Report on vaccination in Madras 1895-1903 - 1895-1903
Year: 1895
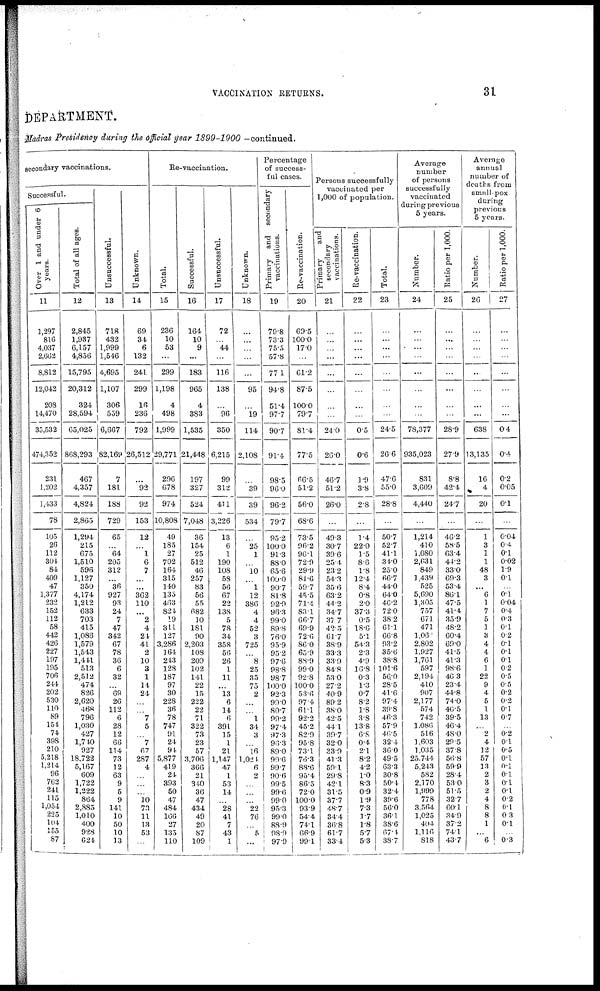
VACCINATION RETURNS.
31
DEPARTMENT.
Madras Presidency during the Official year 1899-1900 —continued.
Secondary vaccinations.
Successful.
Over 1 and under 6
years.
11
1,297
816
4,037
2,662
8,812
12,042
208
14,470
35,532
474,352
231
1,202
1,433
78
105
26
112
304
84
409
47
1,377
232
152
112
58
442
426
227
197
195
706
244
202
530
110
89
154
74
398
210
5,218
1,214
96
762
241
115
1,054
225
104
155
87
Total of all ages.
12
2,845
1,937
6,157
4,856
15,795
20,312
324
28,594
65,025
868,293
467
4,357
4,824
2,865
1,294
215
675
1,510
596
1,127
350
4,174
1,212
633
703
415
1,086
1,579
1,543
1,441
513
2,512
474
826
2,620
468
796
1,030
427
1,740
927
18,722
5,167
609
1,722
1,222
864
2,885
1,010
400
928
624
Unsuccessful.
13
718
432
1,999
1,546
4,695
1,107
306
559
6,667
82,169
7
181
188
729
65
...
64
205
3112
...
36
927
93
24
7
47
342
67
78
36
6
32
...
69
26
112
6
28
12
66
114
73
12
63
9
5
9
141
10
50
10
13
Unknown.
14
69
34
6
132
241
299
16
236
792
26,512
...
92
92
153
12
...
1
6
7
...
...
362
110
...
2
4
24
41
2
10
3
1
14
24
...
...
7
5
...
7
67
287
4
...
...
...
10
73
11
13
53
...
Re-vaccination.
Total.
15
236
10
53
...
299
1,198
4
498
1,999
29,771
296
678
974
10,808
49
185
27
702
164
315
140
135
463
824
19
311
127
3,286
164
243
128
187
97
30
228
36
78
747
91
24
94
5,877
419
24
393
50
47
484
166
27
135
110
Successful.
16
164
10
9
...
183
965
4
383
1,535
21,448
197
327
524
7,048
36
154
25
512
46
257
83
56
55
682
10
181
90
2,203
108
209
102
141
22
15
222
22
71
322
73
23
57
3,706
366
21
340
36
47
434
49
20
87
109
Unsuccessful.
17
72
...
44
...
116
138
...
96
350
6,215
99
312
411
3,226
13
6
1
190
108
58
56
67
22
138
5
78
34
358
56
26
1
11
...
13
6
14
6
391
15
1
21
1,147
47
1
53
14
...
28
41
7
43
1
Unknown.
18
...
... ...
...
...
95
...
19
114
2,108
...
39
39
534
...
25
1
...
10
...
1
12
386
4
4
52
3
725
...
8
25
35
75
2
...
...
1
34
3
...
16
1,024
6
2
...
...
...
22
76
...
5
...
Percentage
of success-
ful cases.
Primary and
secondary
vaccinations.
19
79.8
73.3
75.5
57.8
77.1
94.8
51.4
97.7
90.7
91.4
98.5
96.0
96.2
79.7
95.2
100.0
91.3
88.0
65.6
100.0
90.7
81.8
92.9
96.3
99.0
89.8
76.0
95.9
95.2
97.6
98.8
98.7
100.0
92.3
99.0
80.7
99.2
97.4
97.3
96.3
89.0
99.6
99.7
90.6
99.5
99.6
99.0
95.3
99.0
88.9
98.0
97.9
Re-vaccination.
20
69.5
100.0
17.0
...
61.2
87.5
100.0
79.7
81.4
77.5
66.5
51.2
56.0
68.6
73.5
96.2
96.1
72.9
29.9
81.6
59.7
45.5
71.4
83.1
66.7
69.9
72.6
86.0
65.9
88.9
99.0
92.8
100.0
53.6
97.4
61.1
92.2
45.2
82.9
95.8
73.1
76.3
88.6
95.4
86.5
72.0
100.0
93.9
54.4
74.1
66.9
99.1
Persons successfully
vaccinated per
1,000 of population.
Primary
and
secondary
vaccinations.
21
...
...
...
...
...
...
...
...
24.0
26.0
46.7
51.2
26.0
...
49.3
30.7
39.6
25.4
23.2
54.3
35.6
63.2
44.2
34.7
37.7
42.5
61.7
38.9
33.3
33.9
84.8
53.0
27.2
40.9
89.2
38.0
42.5
44.1
39.7
32.0
33.9
41.3
59.1
29.8
42.1
31.5
37.7
48.7
34.4
36.8
61.7
33.4
Re-vaccination.
22
...
...
...
...
...
...
...
...
0.5
0.6
1.9
3.8
2.8
...
1.4
22.0
1.5
8.6
1.8
12.4
8.4
0.8
2.0
37.3
0.5
18.6
5.1
54.3
23
4.9
16.8
0.3
1.3
0.7
8.2
1.8
3.8
13.8
6.8
0.4
2.1
8.2
4.2
1.0
8.3
0.9
1.9
7.3
1.7
1.8
5.7
5.3
Total.
23
...
...
...
...
...
...
...
...
24.5
26.6
47.6
55.0
28.8
...
50.7
52.7
41.1
34.0
25.0
66.7
44.0
64.0
46.2
72.0
38.2
61.1
66.8
93.2
35.6
38.8
101.6
56.0
28.5
41.6
97.4
39.8
46.3
57.9
46.5
32.4
36.0
49.5
63.3
30.8
50.4
32.4
39.6
56.0
36.1
38.6
67.4
38.7
Average
number
of persons
successfully
vaccinated
during previous
5 years.
Number.
24
...
...
...
...
...
...
...
...
78,377
935,023
831
3,609
4,440
...
1,214
410
1,080
2,631
849
1,439
525
5,690
1,305
757
671
471
1,061
2,802
1,927
1,761
597
2,194
410
907
2,177
574
742
1,086
516
1,603
1,035
25,744
5,243
582
2,170
1,999
778
3,564
1,025
404
1,116
818
Ratio per 1,000.
25
...
...
...
...
...
...
...
...
28.9
27.9
8.8
42.4
24.7
...
46.2
58.5
63.4
44.2
33.0
69.3
53.4
86.1
47.5
41.4
35.9
48.2
60.4
69.0
41.5
41.3
98.6
46.3
23.4
44.8
74.0
46.5
39.5
46.4
48.0
29.5
37.8
56.8
59.9
28.4
53.0
51.5
32.7
60.1
34.9
37.2
74.1
43.7
Average
annual
number of
deaths from
small-pox
during
previous
5 years.
Number.
26
...
...
...
...
...
...
...
...
638
13,135
16
4
20
...
1
3
1
1
48
3
... 6
1
7
5
1
3
4
4
6
1
22
9
4
5
1
13
...
2
4
12
57
13
2
3
2
4
8
8
1
... 6
Ratio per 1,000.
27
...
...
...
...
...
...
...
...
0.4
0.4
0.2
0.05
0.1
...
0.04
0.4
0.1
0.02
1.9
0.1
...
0.1
0.04
0.4
0.3
0.1
0.2
0.1
0.1
0.1
0.2
0.5
0.5
0.2
0.2
0.1
0.7
...
0.2 0.1
0.5
0.1
0.1
0.1
0.1
0.1
0.2
0.1
0.3
0.1
... 0.3